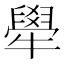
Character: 𤛱